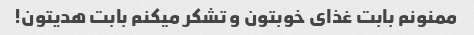
ممنونم بابت غذای خوبتون و تشکر میکنم بابت هدیتون!